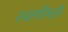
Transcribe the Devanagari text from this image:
स्वामीमलै